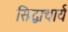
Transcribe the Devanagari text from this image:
सिद्धाचार्य